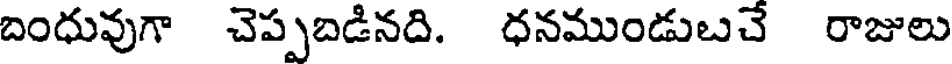
దింధువుగా చెప్పబడినది. ధనముండుబచే రాజులు